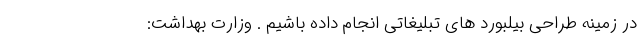
در زمینه طراحی بیلبورد های تبلیغاتی انجام داده باشیم . وزارت بهداشت: